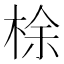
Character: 梌